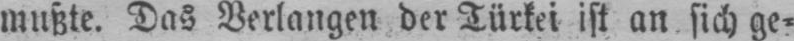
mußte. Das Verlangen der Türkei ist an sich ge⸗